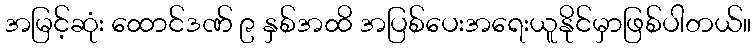
အမြင့်ဆုံး ထောင်ဒဏ် ၉ နှစ်အထိ အပြစ်ပေးအရေးယူနိုင်မှာဖြစ်ပါတယ်။